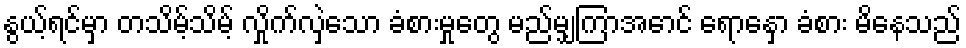
နွယ့်ရင်မှာ တသိမ့်သိမ့် လှိုက်လှဲသော ခံစားမှုတွေ မည်မျှကြာအောင် ရောနှော ခံစား မိနေသည်